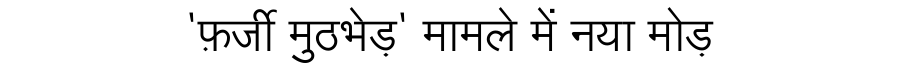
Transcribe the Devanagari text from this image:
'फ़र्जी मुठभेड़' मामले में नया मोड़